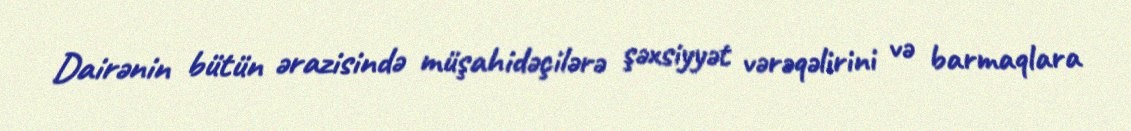
Dairənin bütün ərazisində müşahidəçilərə şəxsiyyət vərəqəlirini və barmaqlara